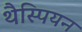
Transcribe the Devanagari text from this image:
थैस्पियन